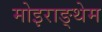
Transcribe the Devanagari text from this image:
मोइराङ्थेम